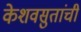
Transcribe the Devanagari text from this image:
केशवसुतांची